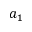
a _ { 1 }